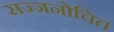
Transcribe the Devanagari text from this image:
सज्जनोचित